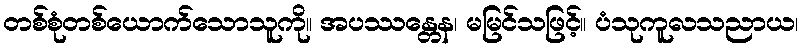
တစ်စုံတစ်ယောက်သောသူကို။ အပဿန္တေန၊ မမြင်သဖြင့်။ ပံသုကူလသညာယ၊